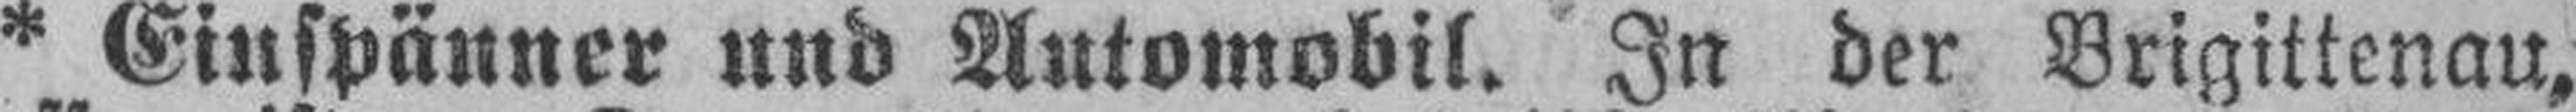
* Einspänner und Automobil. In der Brigittenau,